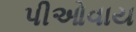
પીઓવાય